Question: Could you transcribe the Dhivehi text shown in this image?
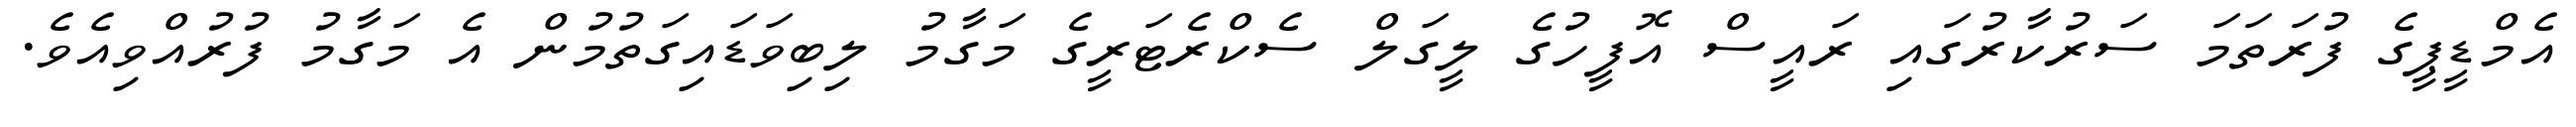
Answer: އެމްޑީޕީގެ ފުރަތަމަ ސަރުކާރުގައި ރައީސް އޮފީހުގެ ލީގަލް ސެކްރެޓަރީގެ މަގާމު ލިބިވަޑައިގަތުމުން އެ މަގާމު ފުރުއްވިއެވެ.